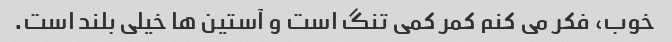
خوب، فکر می کنم کمر کمی تنگ است و آستین ها خیلی بلند است.